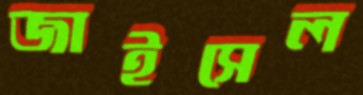
জাইসেল